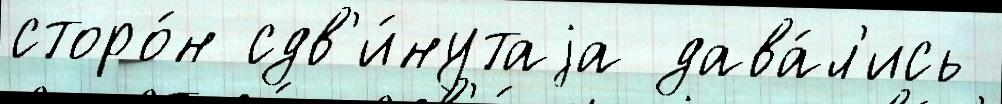
сторо́н сдв'и́нутаjа дава́л'ись